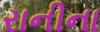
રાનીના